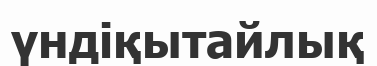
үндіқытайлық